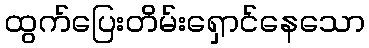
ထွက်ပြေးတိမ်းရှောင်နေသော